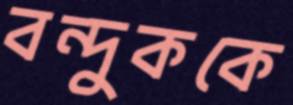
বন্দুককে